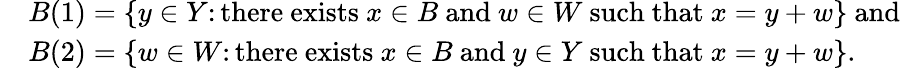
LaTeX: \begin{array}{rl}&{B(1)=\{ y\in Y\colon\mathrm{there~exists~}x\in B\mathrm{~and~}w\in W\mathrm{~such~that~}x=y+w\} \mathrm{~and~}}\\ &{B(2)=\{ w\in W\colon\mathrm{there~exists~}x\in B\mathrm{~and~}y\in Y\mathrm{~such~that~}x=y+w\} .}\end{array}